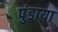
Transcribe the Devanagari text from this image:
पुंडाया